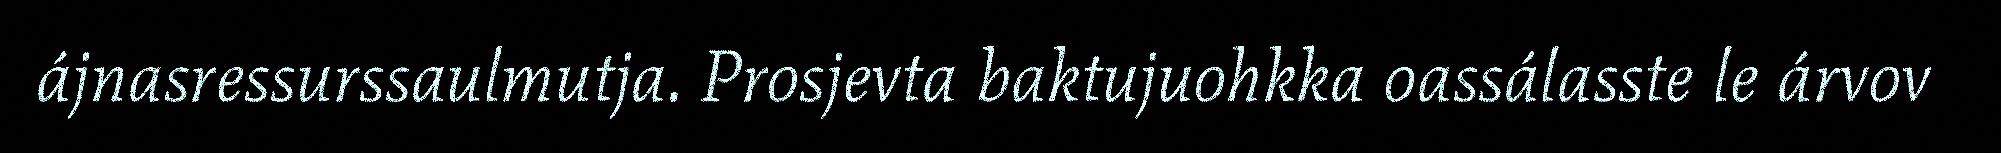
ájnasressurssaulmutja. Prosjevta baktujuohkka oassálasste le árvov